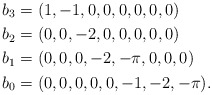
\begin{align*}b_3 &= (1,-1,0,0,0,0,0,0)\\ b_2 &= (0,0,-2,0,0,0,0,0)\\ b_1 &= (0,0,0,-2,-{\pi},0,0,0)\\ b_0 &= (0,0,0,0,0,-1, -2,-{\pi}).\end{align*}